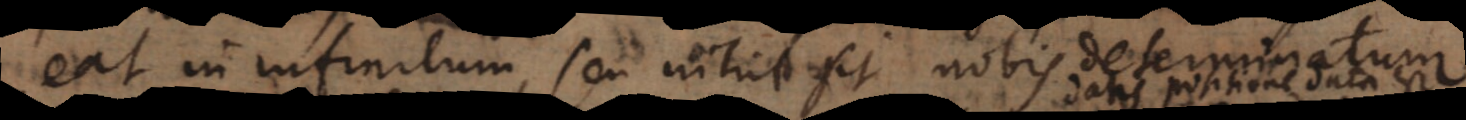
eat in infinitum, seu nihil sit nobis determinatum.